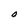
Character: O